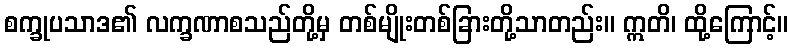
စက္ခုပသာဒ၏ လက္ခဏာစသည်တို့မှ တစ်မျိုးတစ်ခြားတို့သာတည်း။ ဣတိ၊ ထို့ကြောင့်။